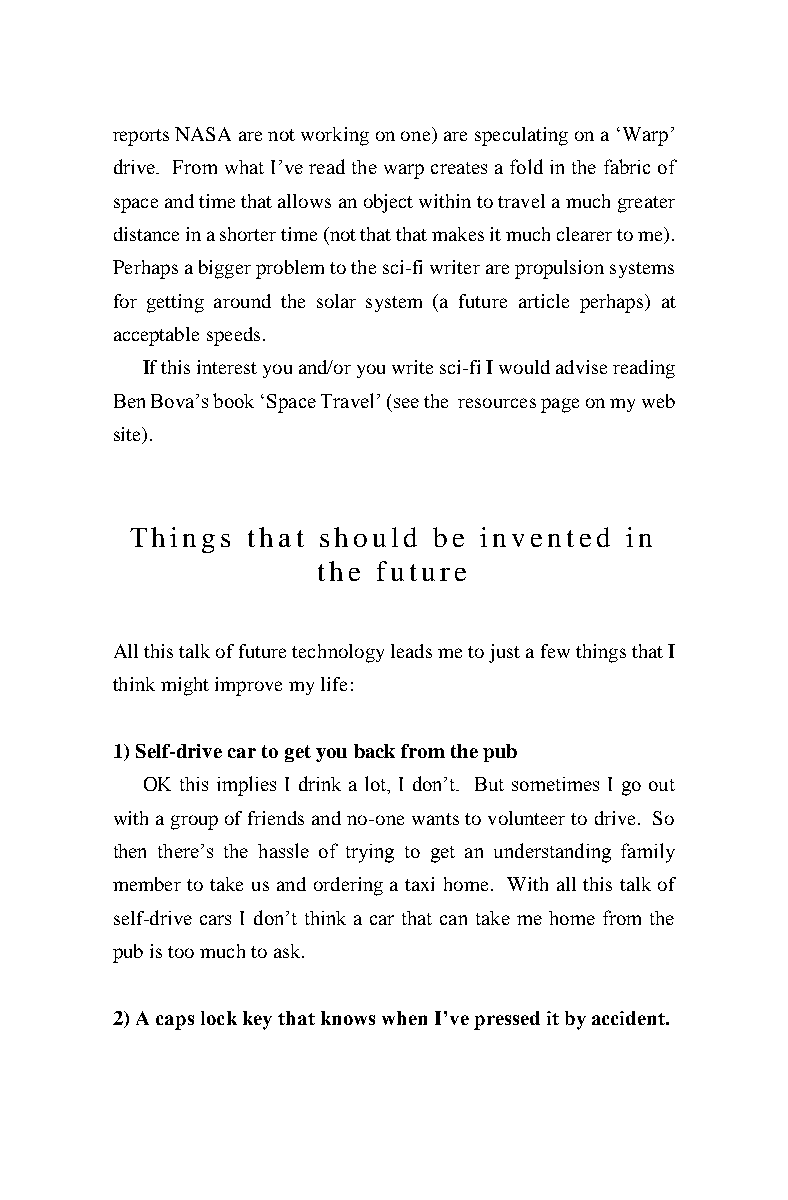
reports NASA are not working on one) are speculating on a ‘Warp’
 drive. From what I’ve read the warp creates a fold in the fabric of
 space and time that allows an object within to travel a much greater
 distance in a shorter time (not that that makes it much clearer to me).
 Perhaps a bigger problem to the sci-fi writer are propulsion systems
 for getting around the solar system (a future article perhaps) at
 acceptable speeds.
 If this interest you and/or you write sci-fi I would advise reading
 Ben Bova’s book ‘Space Travel’ (see the resources page on my web
 site).
 Things that should  be invented in
 the future
 All this talk of future technology leads me to just a few things that I
 think might improve my life:
 1) Self-drive car to get you back from the pub
 OK this implies I drink a lot, I don’t. But sometimes I go out
 with a group of friends and no-one wants to volunteer to drive. So
 then there’s the hassle of trying to get an understanding family
 member to take us and ordering a taxi home. With all this talk of
 self-drive cars I don’t think a car that can take me home from the
 pub is too much to ask.
 2) A caps lock key that knows when I’ve pressed it by accident.